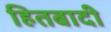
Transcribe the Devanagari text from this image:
हितबादी